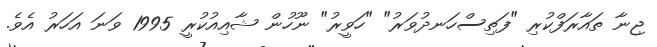
ޖިނާ ތައާރަފްކުރި "ފަތިސްހަނދުވަރު" "ހަވީރު" ނޫހުން ޝާއިއުކުރީ 1995 ވަނަ އަހަރު އެވެ.